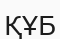
ҚҰБ